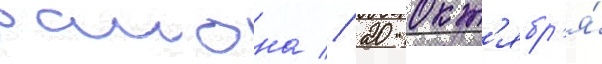
раиона // 20 окт'ябр'я́